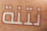
نتنة